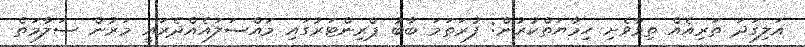
އަލިގަދަ ތަރިއެއް ތިމާވެށި ހިމާޔަތްކުރުން: ފުރަތަމަ ބާބު ޕްރިންޓަރުގައި މައްސަލައެއްދެރައީ މަރުން ސަލާމަތް